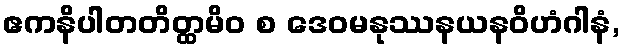
ဧကနိပါတတိတ္ထမိဝ စ ဒေဝမနုဿနယနဝိဟံဂါနံ,